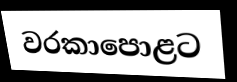
වරකාපොළට